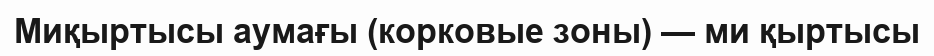
Миқыртысы аумағы (корковые зоны) — ми қыртысы